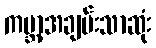
ကမ္ဘာ့အချမ်းသာဆုံး